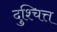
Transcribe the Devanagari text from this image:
दुश्चित्त